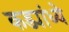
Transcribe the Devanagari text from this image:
कड्यांध्ये